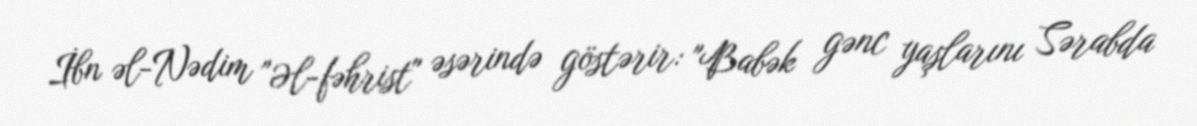
İbn əl-Nədim "Əl-fəhrist" əsərində göstərir: "Babək gənc yaşlarını Sərabda